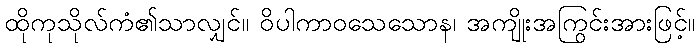
ထိုကုသိုလ်ကံ၏သာလျှင်။ ဝိပါကာဝသေသောန၊ အကျိုးအကြွင်းအားဖြင့်။